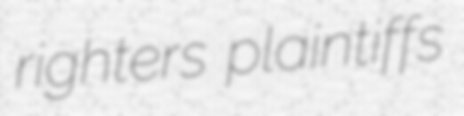
righters plaintiffs